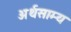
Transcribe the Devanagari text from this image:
अर्थसाम्य